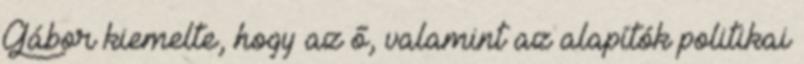
Gábor kiemelte, hogy az ő, valamint az alapítók politikai